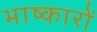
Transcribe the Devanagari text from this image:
भाष्कारों